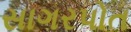
સાગરપોત